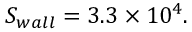
S _ { w a l l } = 3 . 3 \times 1 0 ^ { 4 } .